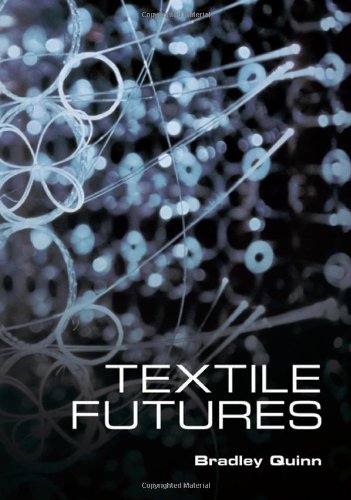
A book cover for Textile Futures: Fashion, Design and Technology; Bradley Quinn; Crafts, Hobbies & Home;